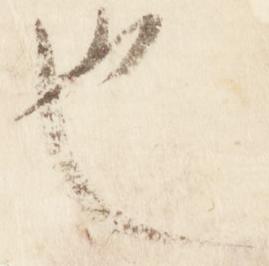
也